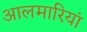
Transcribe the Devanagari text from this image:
आलमारियां